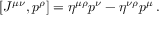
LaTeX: [ { \cal J } ^ { \mu \nu } , p ^ { \rho } ] = \eta ^ { \mu \rho } p ^ { \nu } - \eta ^ { \nu \rho } p ^ { \mu } \, .